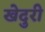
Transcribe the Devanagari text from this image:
खेदुरी